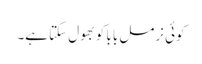
کوئی نرمل بابا کو بھول سکتا ہے۔